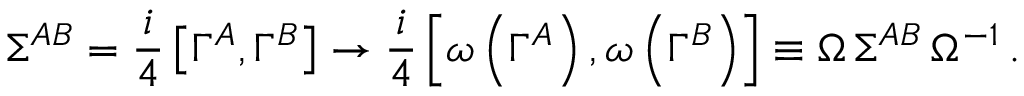
\Sigma ^ { A B } = { \frac { i } { 4 } } \left[ \Gamma ^ { A } , \Gamma ^ { B } \right] \to { \frac { i } { 4 } } \left[ \omega \left( \Gamma ^ { A } \right) , \omega \left( \Gamma ^ { B } \right) \right] \equiv \Omega \, \Sigma ^ { A B } \, \Omega ^ { - 1 } \, .